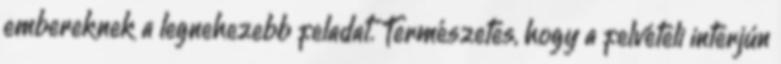
embereknek a legnehezebb feladat. Természetes, hogy a felvételi interjún